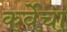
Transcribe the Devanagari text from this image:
कर्वेचा